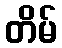
တိမ်